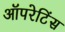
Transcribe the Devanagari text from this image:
ऑपरेटिंस